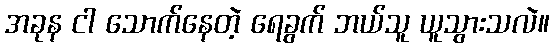
အခုန ငါ သောက်နေတဲ့ ရေခွက် ဘယ်သူ ယူသွားသလဲ။